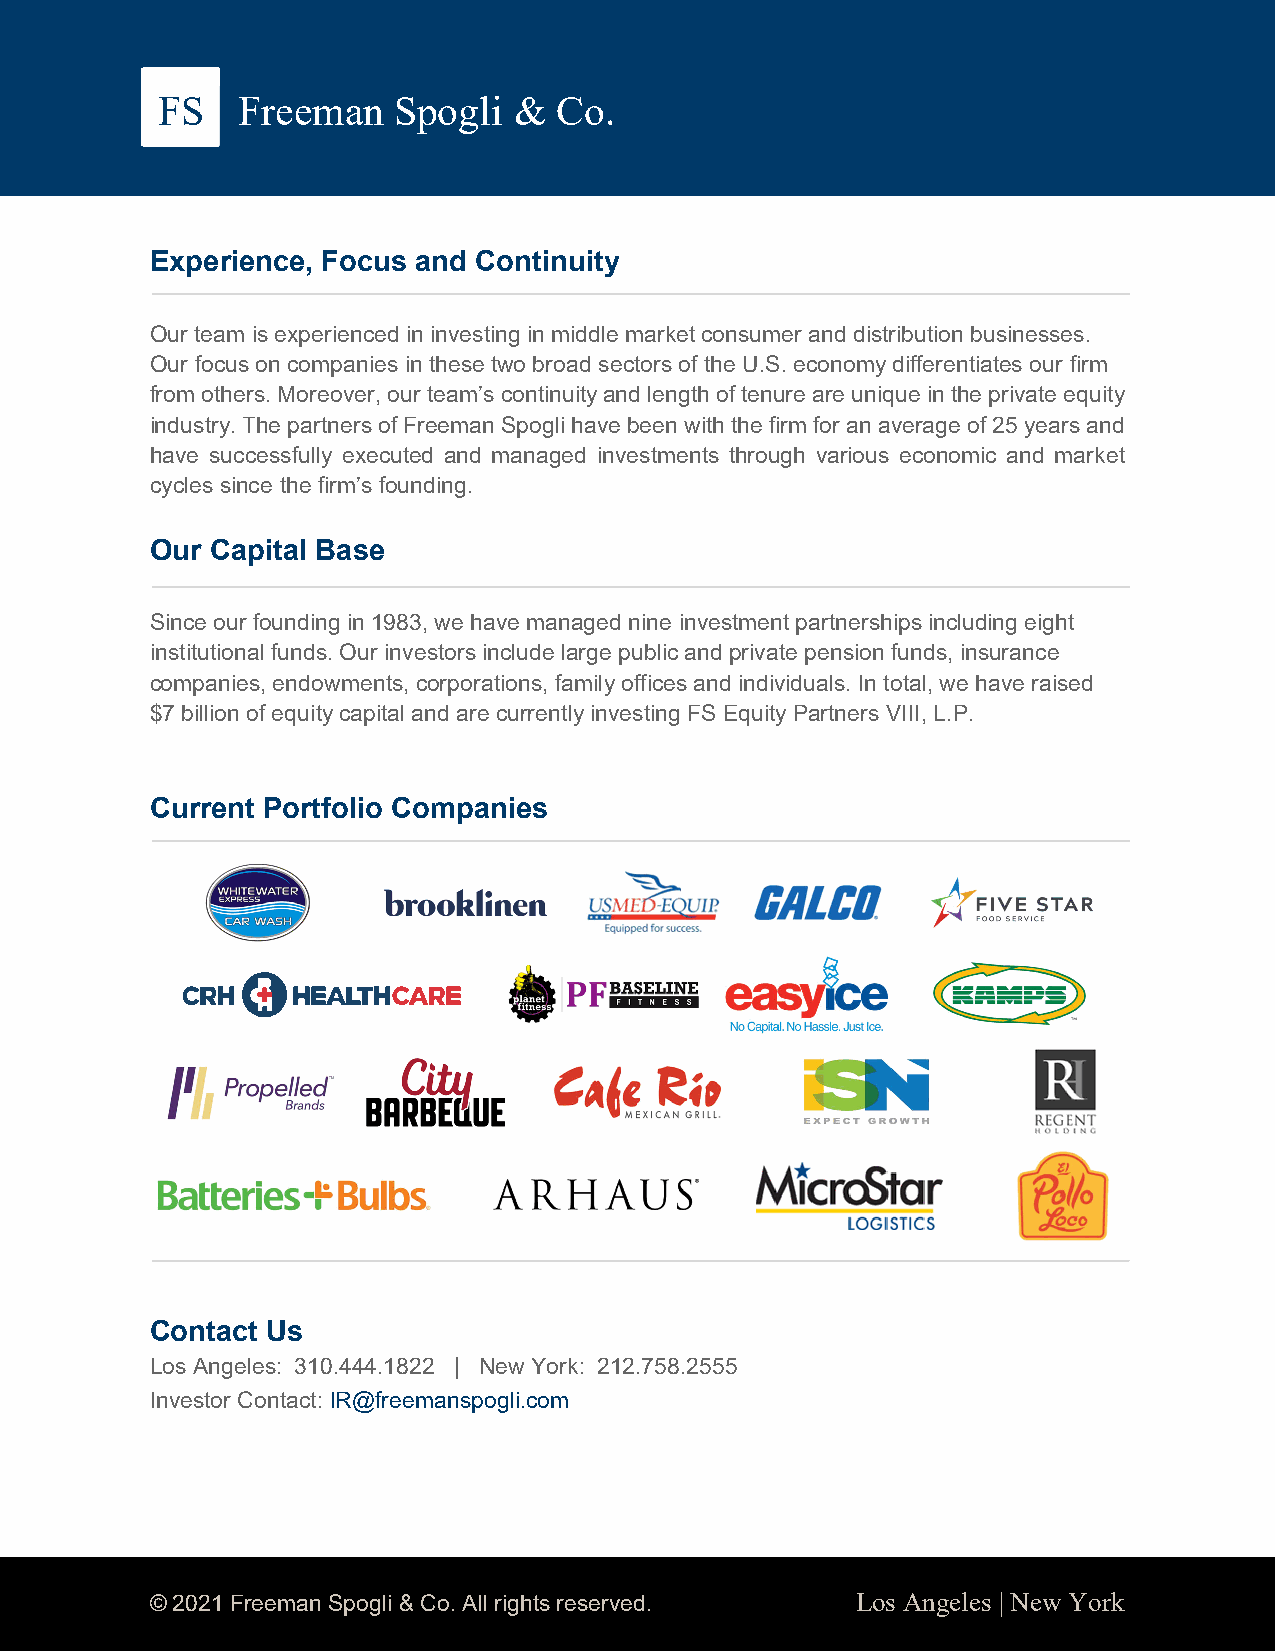
FS    Freeman   Spogli  &  Co.
 Experience, Focus and Continuity
 Our team is experienced in investing in middle market consumer and distribution businesses.
 Our focus on companies in these two broad sectors of the U.S. economy differentiates our firm
 from others. Moreover, our team’s continuity and length of tenure are unique in the private equity
 industry. The partners of Freeman Spogli have been with the firm for an average of 25 years and
 have successfully executed and managed investments through various economic and market
 cycles since the firm’s founding.
 Our Capital Base
 Since our founding in 1983, we have managed nine investment partnerships including eight
 institutional funds. Our investors include large public and private pension funds, insurance
 companies, endowments, corporations, family offices and individuals. In total, we have raised
 $7 billion of equity capital and are currently investing FS Equity Partners VIII, L.P.
 Current Portfolio Companies
 Contact Us
 Los Angeles: 310.444.1822 | New York: 212.758.2555
 Investor Contact: IR@freemanspogli.com
 © 2021 Freeman Spogli & Co. All rights reserved. Los Angeles | New York